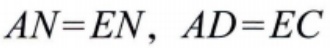
$AN=EN,\ AD = EC$